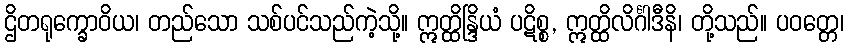
ဌိတရုက္ခောဝိယ၊ တည်သော သစ်ပင်သည်ကဲ့သို့။ ဣတ္ထိန္ဒြိယံ ပဋိစ္စ, ဣတ္ထိလိင်္ဂါဒီနိ၊ တို့သည်။ ပဝတ္တေ၊